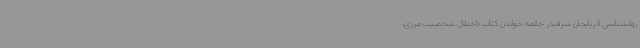
روانشناسی آذربایجان شرقیدر خاتمه خواندن کتاب «اختلال شخصیت مرزی،